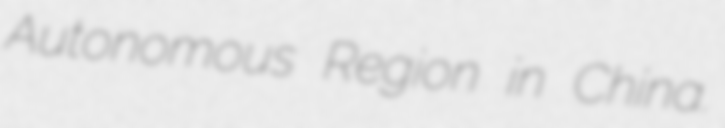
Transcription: Autonomous Region in China.